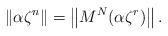
\begin{align*} \left\Vert \alpha\zeta^{n}\right\Vert = \left\Vert M^{N}(\alpha \zeta^{r})\right\Vert. \end{align*}